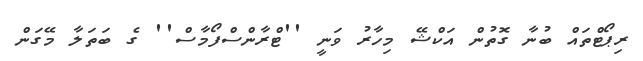
ރިޕޯޓްތައް ބުނާ ގޮތުން އަކްޝޭ މިހާރު ވަނީ ''ޓްރާންސްފޯމާސް'' ގެ ބަތަލާ މޭގަން